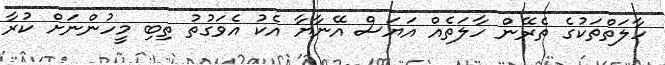
ހާލަތްތަކުގެ ތެރޭން ހާލަތެއް އަޔަސް އޭނާޔާ އެކު އެވަގުތު ތިބި މީހުންނަށް ކުރާ